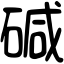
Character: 碱